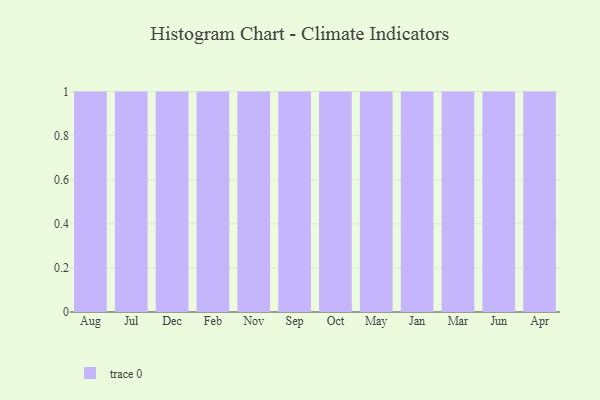
{"axis": {"x": "Month", "y": "Market Share (%)"}, "legend": [""], "data": [{"x": "Aug", "y": 35, "type": ""}, {"x": "Jul", "y": 24, "type": ""}, {"x": "Dec", "y": 99, "type": ""}, {"x": "Feb", "y": 56, "type": ""}, {"x": "Nov", "y": 5, "type": ""}, {"x": "Sep", "y": 100, "type": ""}, {"x": "Oct", "y": 24, "type": ""}, {"x": "May", "y": 48, "type": ""}, {"x": "Jan", "y": 19, "type": ""}, {"x": "Mar", "y": 57, "type": ""}, {"x": "Jun", "y": 87, "type": ""}, {"x": "Apr", "y": 39, "type": ""}]}